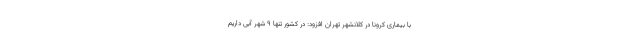
با بیماری کرونا در کلانشهر تهران افزود: در کشور تنها ۹ شهر آبی داریم